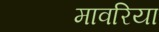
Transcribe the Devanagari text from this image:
मावरिया